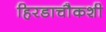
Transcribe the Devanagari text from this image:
हिरडाचौकशी